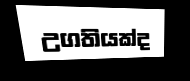
උගතියක්ද